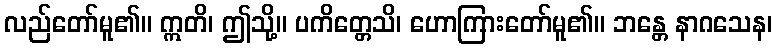
လည်တော်မူ၏။ ဣတိ၊ ဤသို့။ ပကိတ္တေသိ၊ ဟောကြားတော်မူ၏။ ဘန္တေ နာဂသေန၊